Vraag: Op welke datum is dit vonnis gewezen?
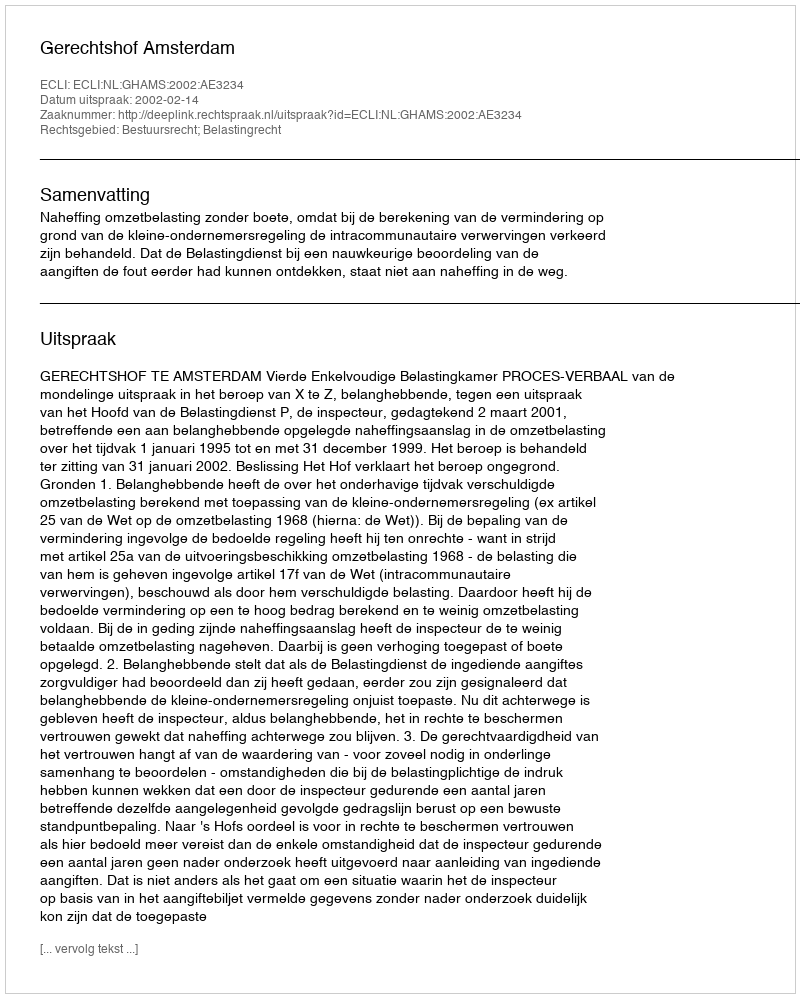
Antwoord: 2002-02-14